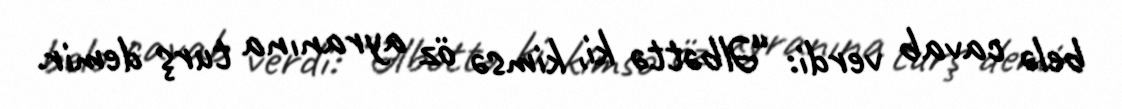
belə cavab verdi: “Əlbəttə ki, kimsə öz ayranına turş demir.